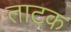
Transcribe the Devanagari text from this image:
ताटक